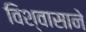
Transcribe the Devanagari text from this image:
विश्‍वासाने